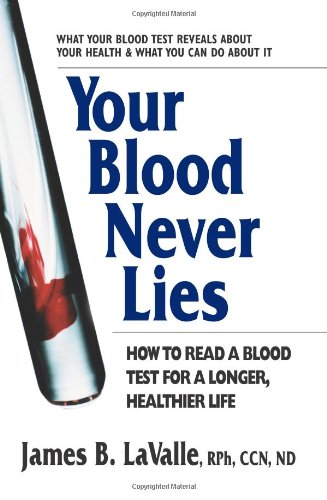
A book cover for Your Blood Never Lies: How to Read a Blood Test for a Longer, Healthier Life; James B. LaValle; Health, Fitness & Dieting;